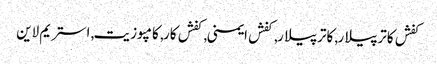
کفش کاترپیلار, کاترپیلار, کفش ایمنی, کفش کار, کامپوزیت, استریم لاین